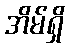
အိမ်ရှိ